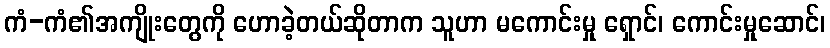
ကံ-ကံ၏အကျိုးတွေကို ဟောခဲ့တယ်ဆိုတာက သူဟာ မကောင်းမှု ရှောင်၊ ကောင်းမှုဆောင်၊